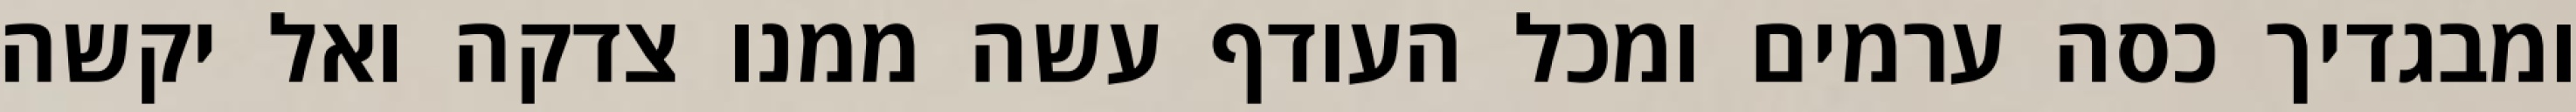
ומבגדיך כסה ערמים ומכל העודף עשה ממנו צדקה ואל יקשה